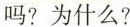
吗?为什么?